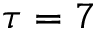
\tau = 7